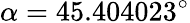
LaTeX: \alpha=45.404023^{\circ}